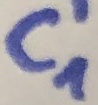
Text: C1